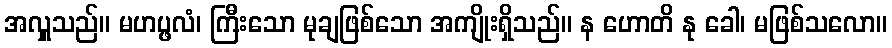
အလှူသည်။ မဟပ္ဖလံ၊ ကြီးသော မုချဖြစ်သော အကျိုးရှိသည်။ န ဟောတိ နု ခေါ၊ မဖြစ်သလော။